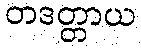
တဒတ္တာယ